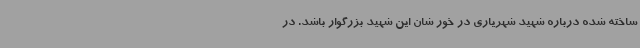
ساخته شده درباره شهید شهریاری در خور شان این شهید بزرگوار باشد. در